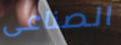
الصناعى